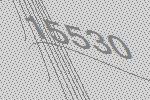
15530